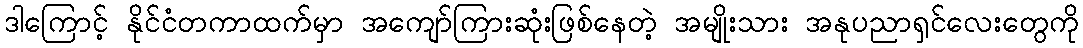
ဒါကြောင့် နိုင်ငံတကာထက်မှာ အကျော်ကြားဆုံးဖြစ်နေတဲ့ အမျိုးသား အနုပညာရှင်လေးတွေကို